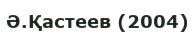
Ә.Қастеев (2004)